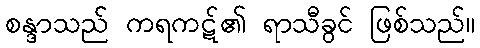
စန္ဒာသည် ကရကဋ်၏ ရာသီခွင် ဖြစ်သည်။